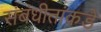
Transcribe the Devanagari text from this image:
संबंधीतांकडे